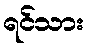
ရင်သား